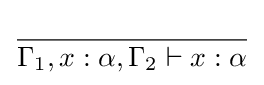
{\frac {}{\Gamma _{1},x:\alpha ,\Gamma _{2}\vdash x:\alpha }}